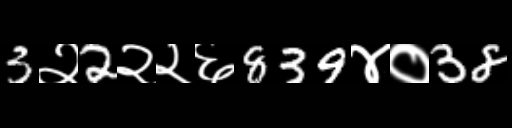
Text: 3२2२२६839४०38